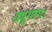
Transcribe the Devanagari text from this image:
ड्यूगांग।